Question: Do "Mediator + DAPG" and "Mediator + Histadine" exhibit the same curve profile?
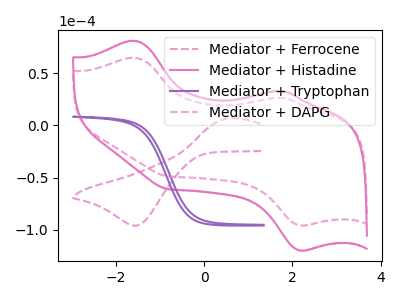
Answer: <think>The pink dashed curve "Mediator + Ferrocene" has an anodic peak at (0.60V, 6.85uA) and a cathodic peak at (-1.55V, -96.00uA). The pink curve "Mediator + Histadine" has anodic peaks at (-1.60V, 81.15uA) (1.75V, 33.15uA) and cathodic peaks at (2.20V, -119.75uA) (-0.85V, -60.70uA). The purple curve "Mediator + Tryptophan" has no peaks. The pink dashed curve "Mediator + DAPG" has anodic peaks at (-1.60V, 64.90uA) (1.75V, 26.50uA) and cathodic peaks at (2.20V, -95.75uA) (-0.85V, -48.55uA).
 All the peaks in "Mediator + DAPG" have a peak in "Mediator + Histadine" at the same potential. Every peak in "Mediator + DAPG" is lower than every peak in "Mediator + Histadine".</think>
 <answer>"Mediator + DAPG" and "Mediator + Histadine" are similar in shape.</answer>
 <eval>same_shape</eval>